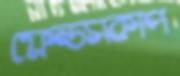
ফ্রেন্ডসকাপ